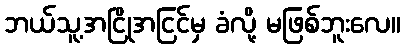
ဘယ်သူ့အငြိုအငြင်မှ ခံလို့ မဖြစ်ဘူးလေ။